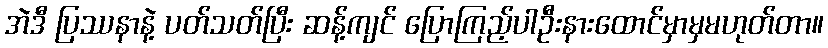
အဲဒီ ပြဿနာနဲ့ ပတ်သတ်ပြီး ဆန့်ကျင် ပြောကြည့်ပါဦးနားထောင်မှာမှမဟုတ်တာ။